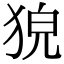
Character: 㹸